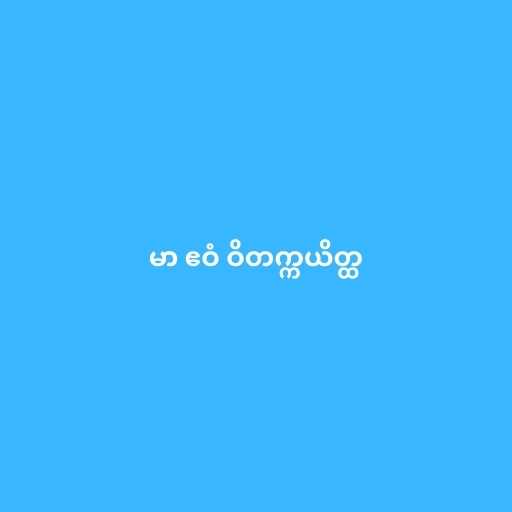
မာ ဧဝံ ဝိတက္ကယိတ္ထ